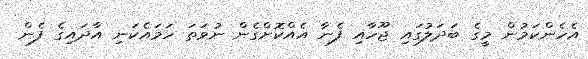
އެހެންކަމުން މީގެ ބަދަލުގައި ޖޫހާއި ފެނާ އެއްކޮށްގެން ނުވަތަ ހަމައެކަނި އާދައިގެ ފެން